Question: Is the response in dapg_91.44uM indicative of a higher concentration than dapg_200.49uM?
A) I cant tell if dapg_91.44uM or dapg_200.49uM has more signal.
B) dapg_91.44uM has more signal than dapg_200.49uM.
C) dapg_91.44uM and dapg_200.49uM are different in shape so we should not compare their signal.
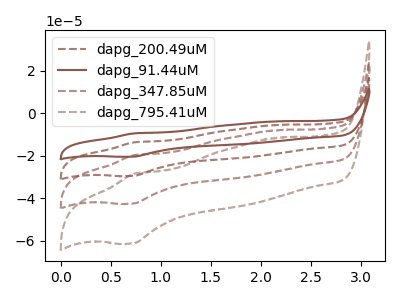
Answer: <think>The brown dashed curve "dapg_200.49uM" has an anodic peak at (0.75V, -13.75uA) and a cathodic peak at (0.70V, -29.50uA). The brown curve "dapg_91.44uM" has an anodic peak at (0.75V, -9.55uA) and a cathodic peak at (0.70V, -20.50uA). The brown dashed curve "dapg_347.85uM" has an anodic peak at (0.75V, -27.55uA) and a cathodic peak at (0.70V, -59.05uA). The brown dashed curve "dapg_795.41uM" has an anodic peak at (0.75V, -41.30uA) and a cathodic peak at (0.70V, -88.55uA).
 All the peaks in "dapg_91.44uM" have a peak in "dapg_200.49uM" at the same potential.</think>
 <answer>A) I cant tell if "dapg_91.44uM" or "dapg_200.49uM" has more signal.</answer>
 <eval>A</eval>